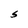
Character: S